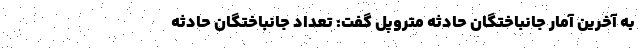
به آخرین آمار جانباختگان حادثه متروپل گفت: تعداد جانباختگان حادثه